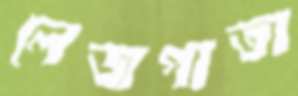
লেজপাতা